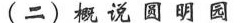
(二)概说圆明园